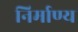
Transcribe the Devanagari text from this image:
निर्माण्य